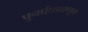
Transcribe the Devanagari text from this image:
पुनर्घघडवणूक